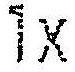
1X